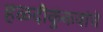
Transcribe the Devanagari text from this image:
हळदीकुंकवांचे